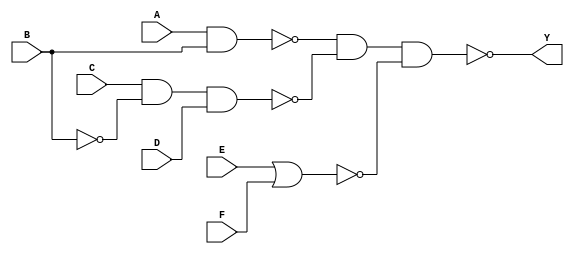
// following the example from: https://youtu.be/9uw25PU5B3k?list=PLJ5C_6qdAvBELELTSPgzYkQg3HgclQh-5&t=1731

module example (A, B, C, D, E, F, Y);
  input A, B, C, D, E, F;
  output Y;
  wire t1, t2, t3, Y;

  nand #1 G1 (t1, A, B);
  nand #2 G2 (t2, C, ~B, D);
  nor #1 G3 (t3, E, F);
  nand #1 G4 (Y, t1, t2, t3);
endmodule